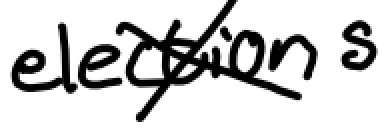
Text: elections
Cross-out: cross
Writing tool: digital_black